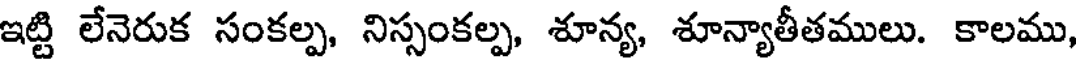
ఇట్టి లేనెరుక సంకల్ప, నిస్సంకల్ప, శూన్య, శూన్యాతీతములు. కాలము,